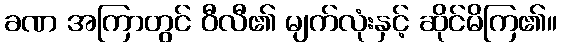
ခဏ အကြာတွင် ဝီလီ၏ မျက်လုံးနှင့် ဆိုင်မိကြ၏။